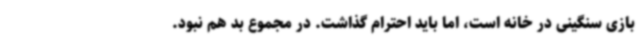
بازی سنگینی در خانه است، اما باید احترام گذاشت. در مجموع بد هم نبود.